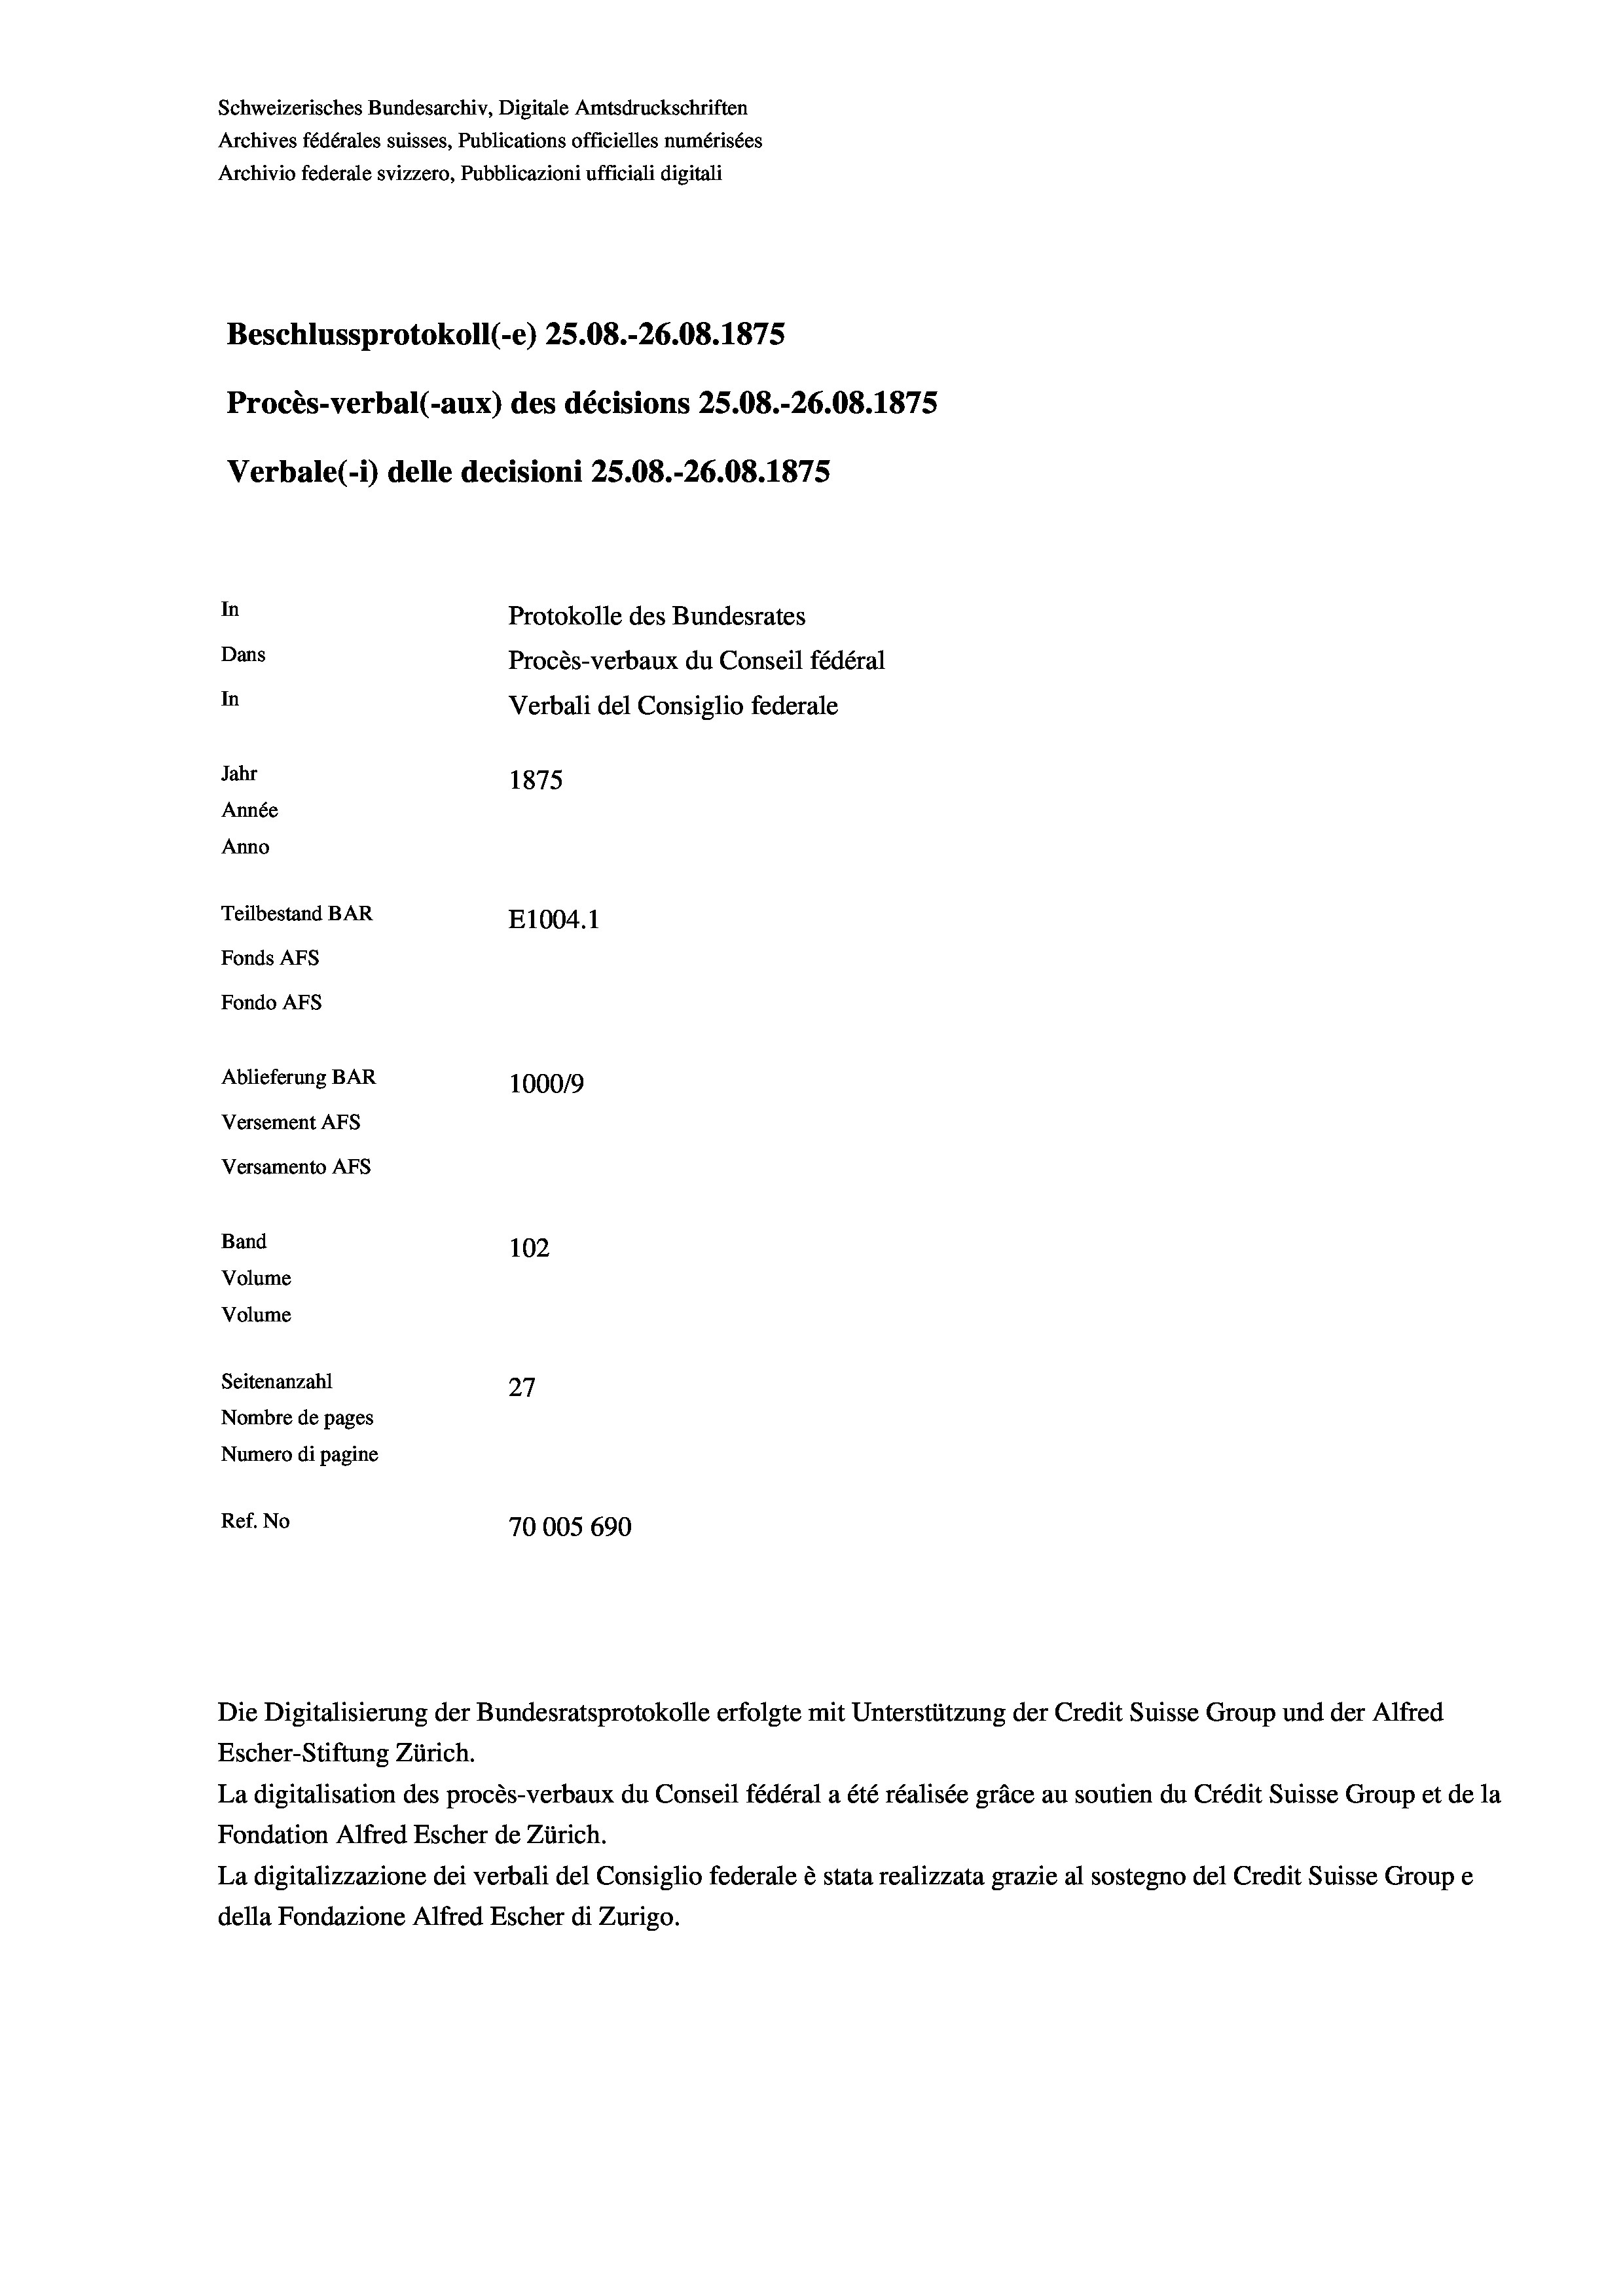
Schweizerisches Bundesarchiv, Digitale Amtsdruckschriften
Archives fédérales suisses, Publications officielles numérisées
Archivio federale svizzero, Pubblicazioni ufficiali digitali
Beschlussprotokoll (-e) 25.08.-26.08. 1875
Procès-verbal (-aux) des décisions 25.08.-26.08. 1875
Verbale (- 1) delle decisioni 25.08.-26.08. 1875
In
Protokolle des Bundesrates
Dans
Procès-verbaux du Conseil fédéral
In
Verbali del Consiglio federale
Jahr
1875
Année
Anno
Teilbestand BAR
E1004. 1
Fonds AFs
Fondo Afs
Ablieferung BAR
100019
Versement AFs
Versamento Afs

Band
Volume
Volume

Ref. No

102
Seitenanzahl
27
Nombre de pages
Numero di pagine
70005 690

Escher-Stiftung Zürich.
La digitalisation des procès-verbaux du Conseil fédéral a été réalisée gräce au soutien du Crédit Suisse Group et de la
Fondation Alfred Escher de Zürich.
La digitalizzazione dei verbali del Consiglio federale è stata realizzata grazie al sostegno del Credit Suisse Groupe
della Fondazione Alfred Escher di Zurigo.

Die Digitalisierung der Bundesratsprotokolle erfolgte mit Unterstützung der Credit Suisse Group und der Alfred